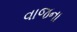
વાજના